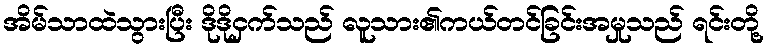
အိမ်သာထဲသွားပြီး ဒိုဒိုငှက်သည် လူသား၏ကယ်တင်ခြင်းအမှုသည် ရင်းတို့